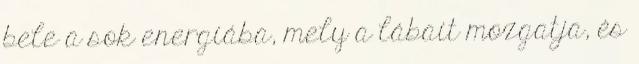
bele a sok energiába, mely a lábait mozgatja, és